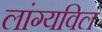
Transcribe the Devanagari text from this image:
लांग्यविल